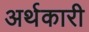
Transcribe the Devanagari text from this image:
अर्थकारी